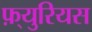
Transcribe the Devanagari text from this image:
फ़्युरियस